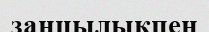
заңцылықпен